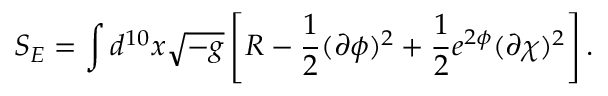
S _ { E } = \int d ^ { 1 0 } x \sqrt { - g } \left[ R - \frac { 1 } { 2 } ( \partial \phi ) ^ { 2 } + \frac { 1 } { 2 } e ^ { 2 \phi } ( \partial \chi ) ^ { 2 } \right] .